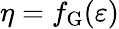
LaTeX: \eta=f_{\mathrm{G}}(\varepsilon)